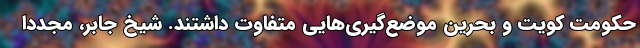
حکومت کویت و بحرین موضع‌گیری‌هایی متفاوت داشتند. شیخ جابر، مجدداً